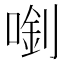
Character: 𠺓